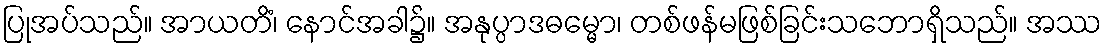
ပြုအပ်သည်။ အာယတိံ၊ နောင်အခါ၌။ အနုပ္ပာဒဓမ္မော၊ တစ်ဖန်မဖြစ်ခြင်းသဘောရှိသည်။ အဿ